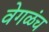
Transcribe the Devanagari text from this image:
वेगळंच